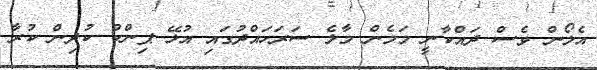
އެލޯން ވެސް ދައްކާނީ މަމެން މާލެ ސަރަހައްދުގައި އުޅޭ ޕިންކް ކުދިން ކުރާ